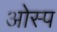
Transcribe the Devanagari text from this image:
ओस्प